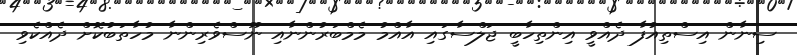
ސިނާން އިސްތިއުފާ ދެއްވީ އިންތިހާބީ ޖަލްސާގައި އާއްމު މެމްބަރުންނާއި ނޫސްވެރިންނާ މުހާތަބުކޮށް ދެއްކެވި